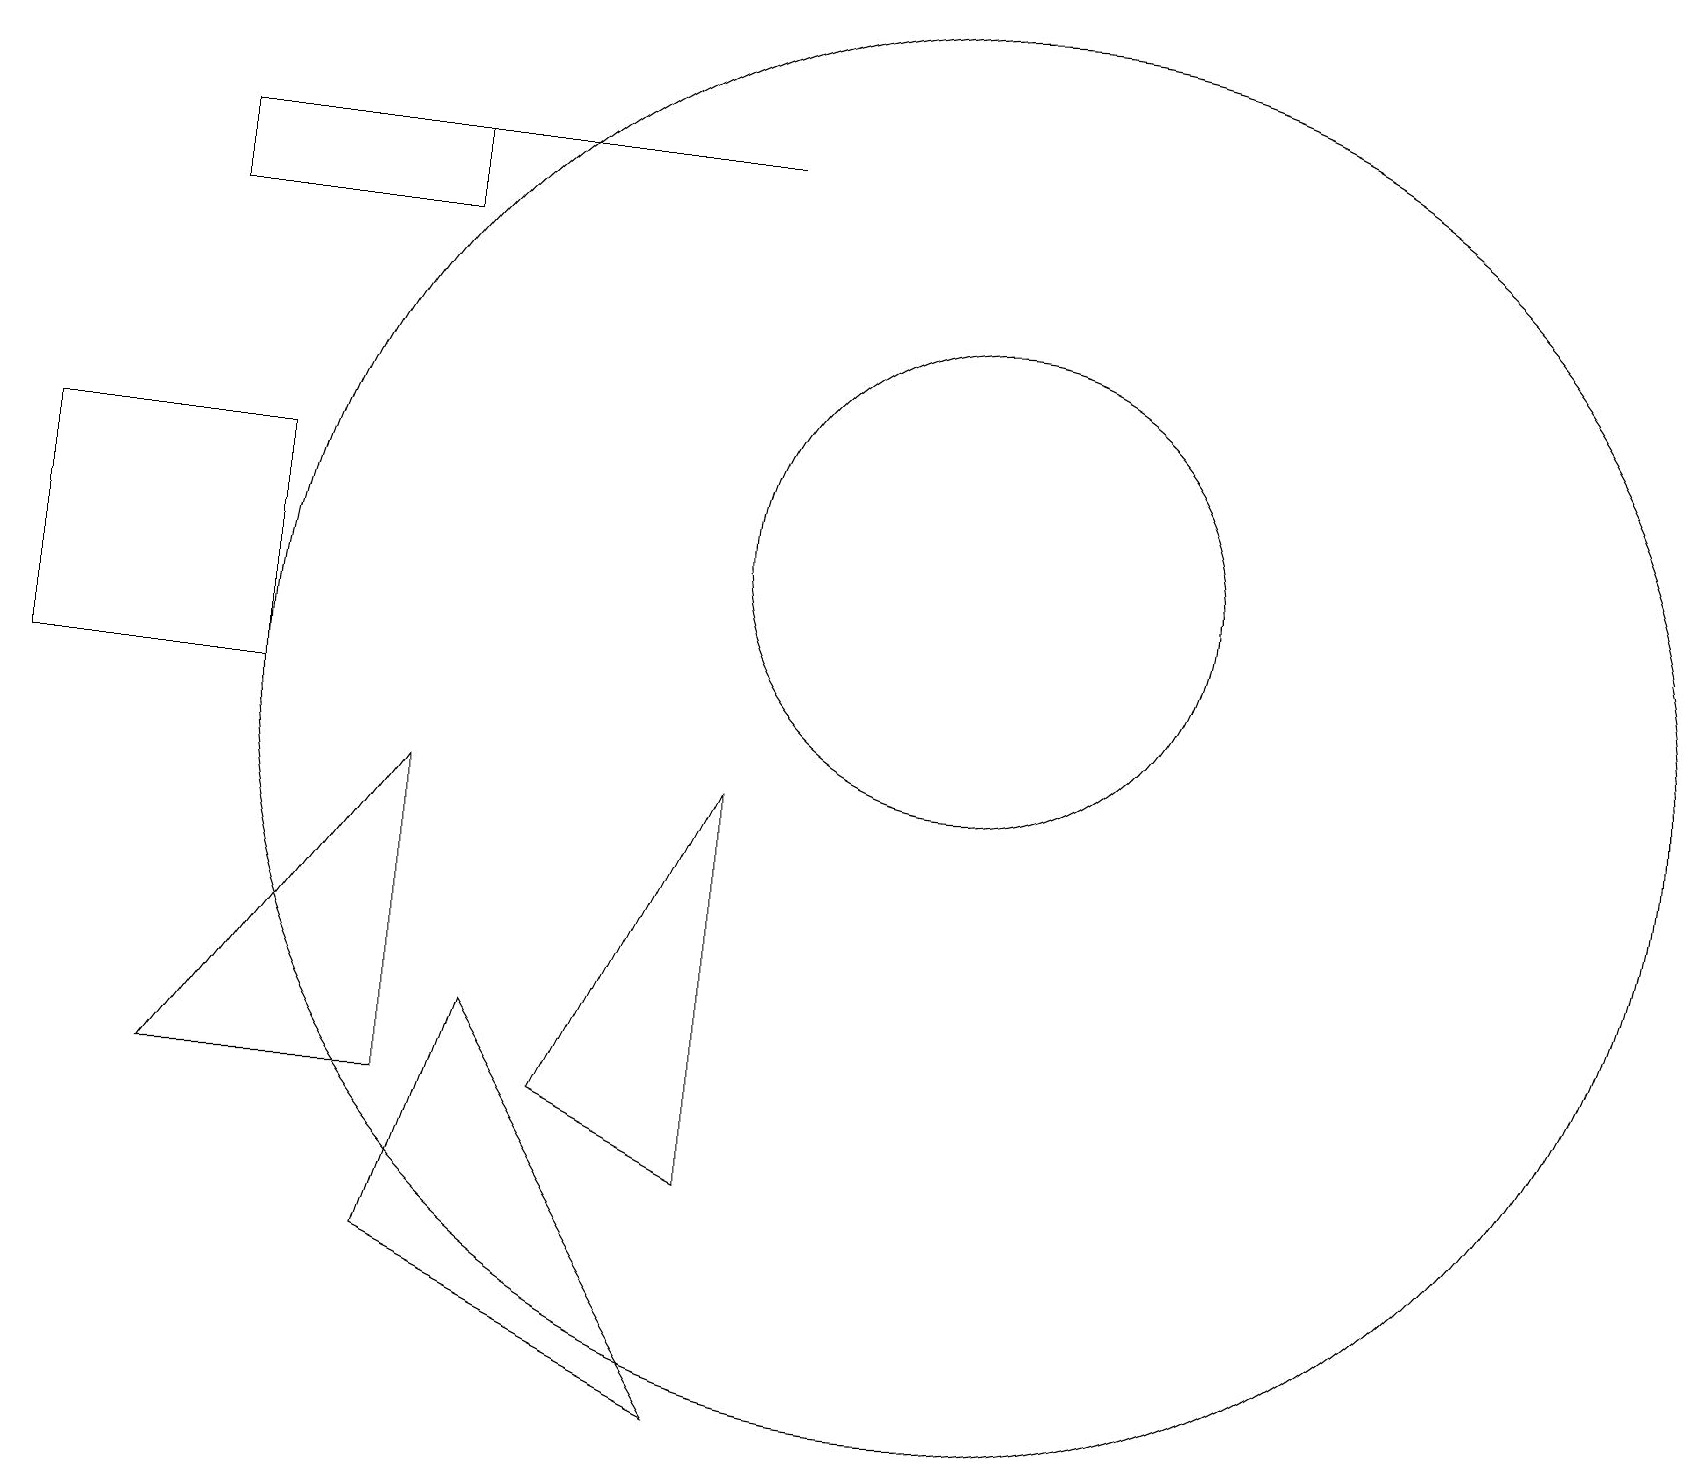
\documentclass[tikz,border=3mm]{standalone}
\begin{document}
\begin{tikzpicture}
\draw (12,12) circle (3);
\draw (6,6) -- (5,3) -- (9,1) -- cycle;
\draw (2,17) rectangle (9,17);
\draw (9,9) -- (9,4) -- (7,5) -- cycle;
\draw (3,10) rectangle (0,13);
\draw (12,10) circle (9);
\draw (5,9) -- (2,5) -- (5,5) -- cycle;
\draw (2,17) rectangle (5,16);
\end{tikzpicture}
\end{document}